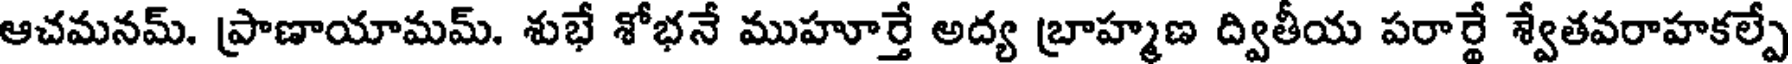
ఆచమనమ్. ప్రాణాయామమ్. శుభే శోభనే ముహూర్తే అద్య బ్రాహ్మణ ద్వితీయ పరార్టే శ్వేతవరాహకల్పే